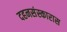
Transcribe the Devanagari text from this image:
दहनसंस्कारास